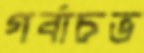
গর্বাচভ